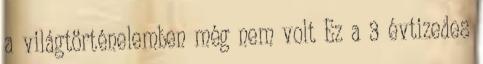
a világtörténelemben még nem volt Ez a 3 évtizedes